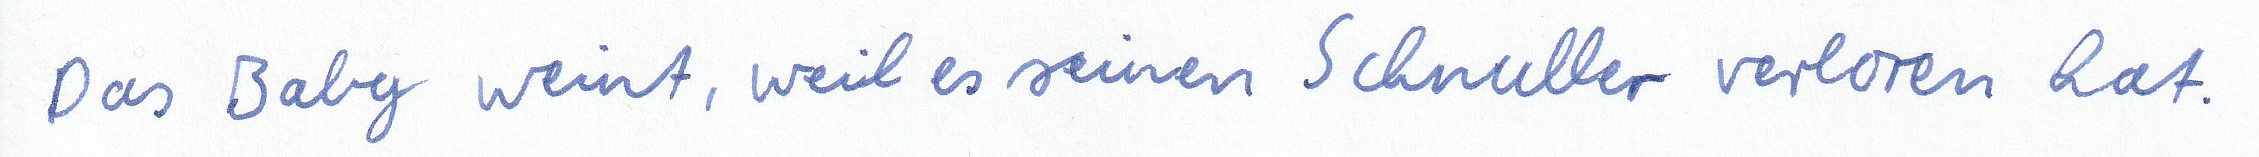
Das Baby weint, weil es seinen Schnuller verloren hat.